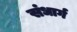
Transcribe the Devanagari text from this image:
संधार्ग